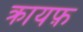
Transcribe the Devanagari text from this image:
क्रायफ़